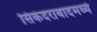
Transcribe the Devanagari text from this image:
सिकंदराबादमध्ये